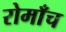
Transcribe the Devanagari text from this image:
रोमाँच